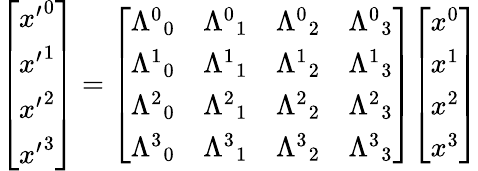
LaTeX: {\left[\begin{array}{l}{{x^{\prime}}^{0}}\\ {{x^{\prime}}^{1}}\\ {{x^{\prime}}^{2}}\\ {{x^{\prime}}^{3}}\end{array}\right]}={\left[\begin{array}{llll}{{\Lambda^{0}}_{0}}&{{\Lambda^{0}}_{1}}&{{\Lambda^{0}}_{2}}&{{\Lambda^{0}}_{3}}\\ {{\Lambda^{1}}_{0}}&{{\Lambda^{1}}_{1}}&{{\Lambda^{1}}_{2}}&{{\Lambda^{1}}_{3}}\\ {{\Lambda^{2}}_{0}}&{{\Lambda^{2}}_{1}}&{{\Lambda^{2}}_{2}}&{{\Lambda^{2}}_{3}}\\ {{\Lambda^{3}}_{0}}&{{\Lambda^{3}}_{1}}&{{\Lambda^{3}}_{2}}&{{\Lambda^{3}}_{3}}\end{array}\right]}{\left[\begin{array}{l}{x^{0}}\\ {x^{1}}\\ {x^{2}}\\ {x^{3}}\end{array}\right]}